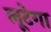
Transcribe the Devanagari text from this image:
लूटेगा